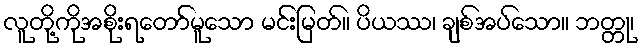
လူတို့ကိုအစိုးရတော်မူသော မင်းမြတ်။ ပိယဿ၊ ချစ်အပ်သော။ ဘတ္တု၊